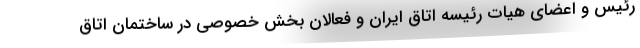
رئیس و اعضای هیات رئیسه اتاق ایران و فعالان بخش خصوصی در ساختمان اتاق